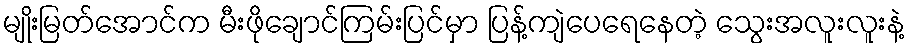
မျိုးမြတ်အောင်က မီးဖိုချောင်ကြမ်းပြင်မှာ ပြန့်ကျဲပေရေနေတဲ့ သွေးအလူးလူးနဲ့